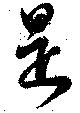
是